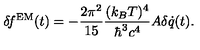
\delta \! f ^ { \mathrm { E M } } ( t ) = - { \frac { 2 \pi ^ { 2 } } { 1 5 } } { \frac { ( k _ { B } T ) ^ { 4 } } { \hbar ^ { 3 } c ^ { 4 } } } A \delta \dot { q } ( t ) .